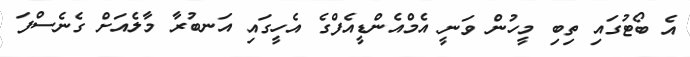
އެ ބޯޓުގައި ތިބި މީހުން ވަނީ އެމްއެންޑީއެފްގެ އެހީގައި އަނބުރާ މާލެއަށް ގެނެސްފަ